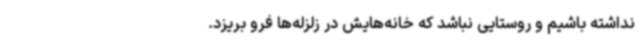
نداشته باشیم و روستایی نباشد که خانه‌هایش در زلزله‌ها فرو بریزد.